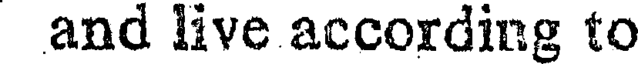
and live according to